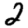
Digit: 2